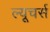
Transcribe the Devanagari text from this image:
ल्यूचर्स